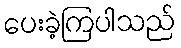
ပေးခဲ့ကြပါသည်